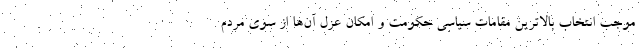
موجب انتخاب بالاترین مقامات سیاسی حکومت و امکان عزل آن‌ها از سوی مردم